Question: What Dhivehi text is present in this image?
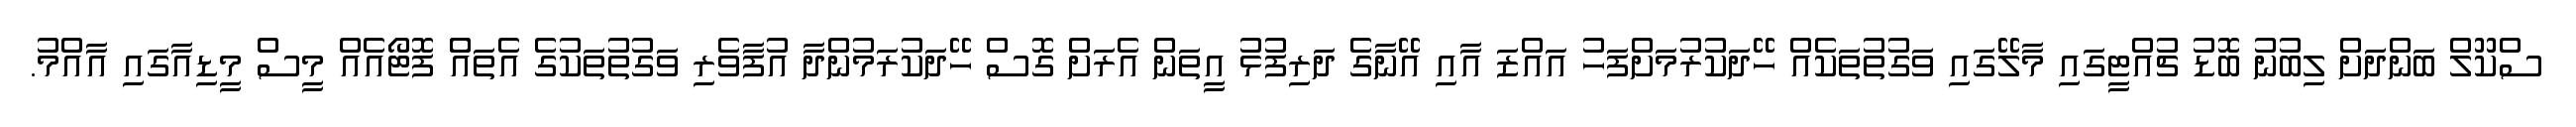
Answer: ސްކޫލް ބަންދަށް ލިބުނު ބޮޑު ޗުއްޓީގައި މާލޭގައި ވަގުތުތަކެއް ހޭދަކުރުމަށްފަހު އައްޒަ އާއި އޭނާގެ ދަރިފުޅު އީތަން އެރަށް ގޮސް ހޭދަކުރަމުންދާ އުފާވެރި ވަގުތުތަކުގެ އެތައްް ފޮޓޯއެއް މީސް މީޑިއާގައި އާއްމު.